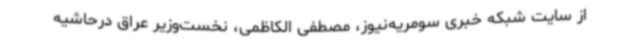
از سایت شبکه خبری سومریه‌نیوز، مصطفی الکاظمی، نخست‌وزیر عراق درحاشیه